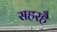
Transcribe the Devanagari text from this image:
सहरहै